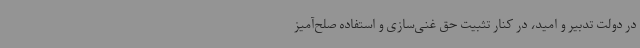
در دولت تدبیر و امید، در کنار تثبیت حق غنی‌سازی و استفاده صلح‌آمیز